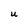
Character: U